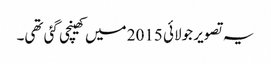
یہ تصویر جولائی 2015 میں کھینچی گئی تھی۔